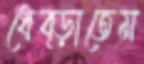
ধেব্‌ড়াতেম